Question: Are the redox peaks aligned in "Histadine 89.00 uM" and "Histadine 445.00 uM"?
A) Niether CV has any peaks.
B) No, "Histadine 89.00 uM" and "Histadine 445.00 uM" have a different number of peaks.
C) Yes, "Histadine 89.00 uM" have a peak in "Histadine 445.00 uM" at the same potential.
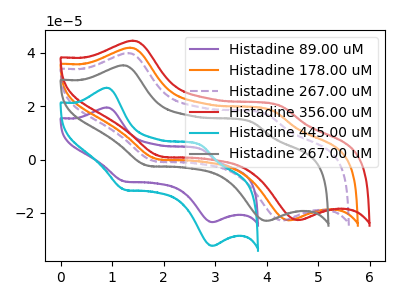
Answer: <think>The purple curve "Histadine 89.00 uM" has anodic peaks at (0.90V, 19.45uA) (2.75V, 3.80uA) and cathodic peaks at (1.25V, -8.15uA) (2.95V, -23.45uA). The orange curve "Histadine 178.00 uM" has anodic peaks at (1.35V, 41.80uA) (4.10V, 18.25uA) and cathodic peaks at (1.90V, 0.20uA) (4.45V, -22.75uA). The purple dashed curve "Histadine 267.00 uM" has anodic peaks at (1.30V, 39.80uA) (4.00V, 16.95uA) and cathodic peaks at (1.80V, -0.55uA) (4.30V, -22.85uA). The red curve "Histadine 356.00 uM" has anodic peaks at (1.40V, 44.45uA) (4.30V, 19.95uA) and cathodic peaks at (1.95V, 1.20uA) (4.60V, -22.70uA). The cyan curve "Histadine 445.00 uM" has anodic peaks at (0.90V, 26.85uA) (2.75V, 5.25uA) and cathodic peaks at (1.25V, -11.25uA) (2.95V, -32.30uA). The gray curve "Histadine 267.00 uM" has anodic peaks at (1.20V, 35.25uA) (3.70V, 14.00uA) and cathodic peaks at (1.70V, -2.25uA) (4.00V, -22.95uA).</think>
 <answer>C) Yes, "Histadine 89.00 uM" have a peak in "Histadine 445.00 uM" at the same potential.</answer>
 <eval>C</eval>